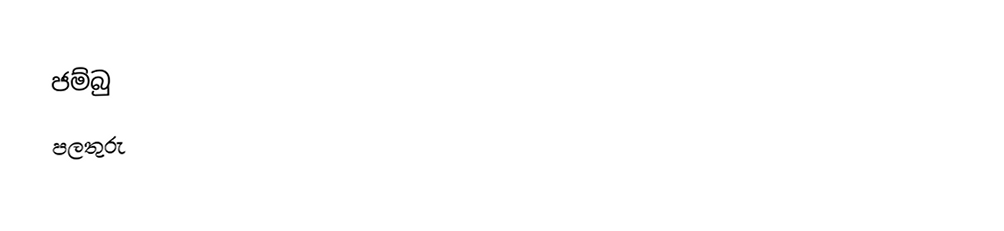
ජම්බු
පලතුරු